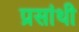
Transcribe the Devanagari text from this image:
प्रसांथी